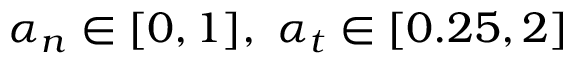
\alpha _ { n } \in [ 0 , 1 ] , \ \alpha _ { t } \in [ 0 . 2 5 , 2 ]